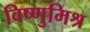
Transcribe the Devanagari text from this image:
विष्णुमिश्र